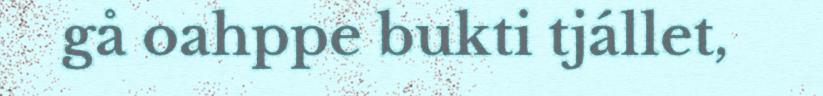
gå oahppe bukti tjállet,